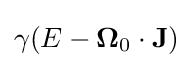
\gamma (E-\mathbf {\Omega } _{0}\cdot \mathbf {J} )